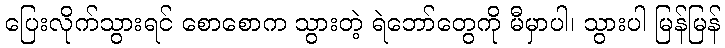
ပြေးလိုက်သွားရင် စောစောက သွားတဲ့ ရဲဘော်တွေကို မီမှာပါ၊ သွားပါ မြန်မြန်